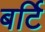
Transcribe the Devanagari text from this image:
बर्टि